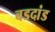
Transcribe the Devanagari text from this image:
बडदांड